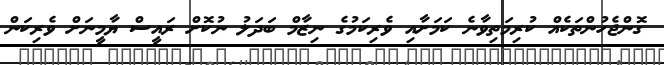
ގޮންޖެހުންތަކެއް ކުރިމަތިވާނެ ކަމަށާއި ވެރިކަމުގެ ނިޒާމް ބަދަލު ނުކޮށް ރައީސް ޔާމީނަށް ވެރިކަން